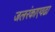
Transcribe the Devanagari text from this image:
जलरंकाएवढा